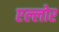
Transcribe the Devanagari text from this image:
एल्लोर